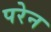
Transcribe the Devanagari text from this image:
परेन